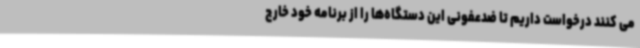
می کنند درخواست داریم تا ضدعفونی این دستگاه‌ها را از برنامه‌ خود خارج